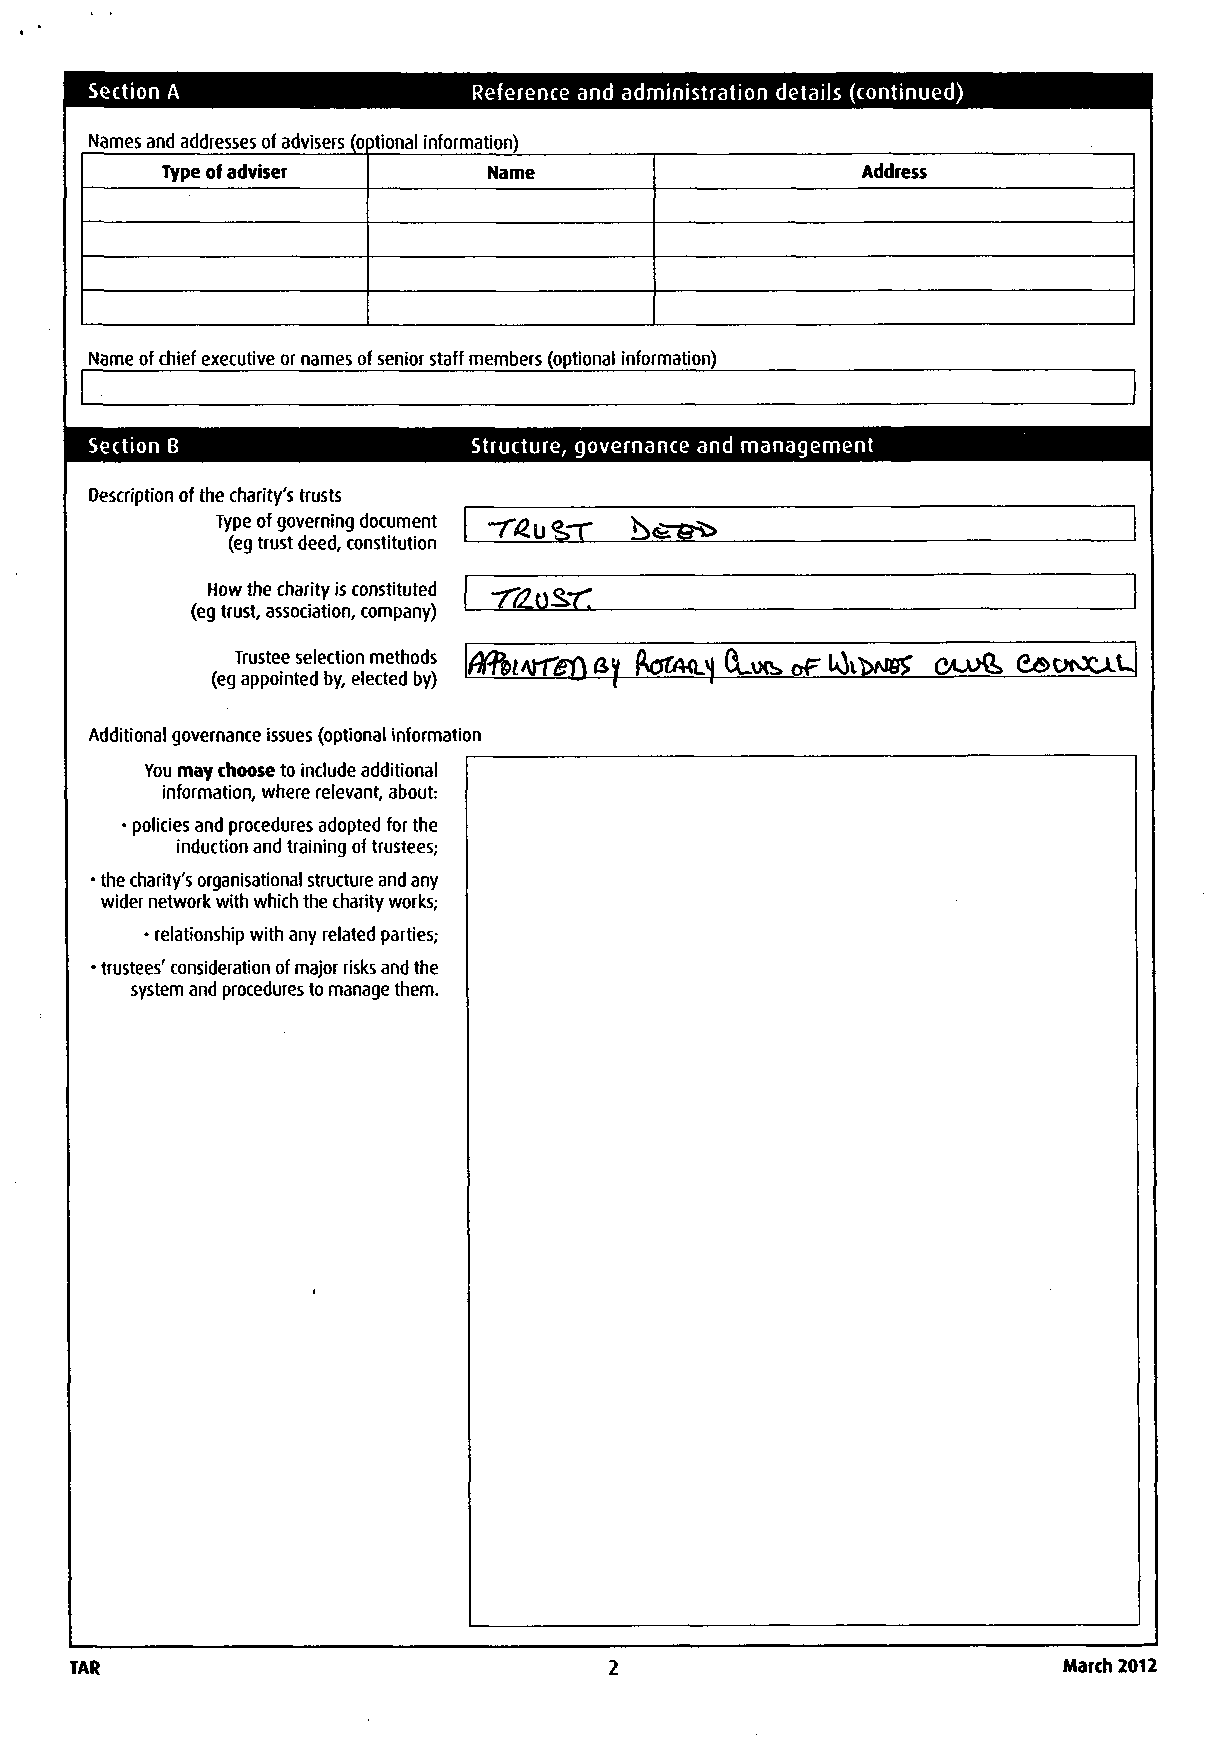
Section A                Reference and administration details (continued)
 Names and addresses of advisers (optional information)
 Type of adviser      Name                     Address
 Name of chief executive or names of senior staff members (optional information)
 Section B                Structure, governance and management
 Description of the charity's trusts
 Type of governing document
 (eg trust deed, constitution
 How the charity is constituted
 (eg trust, association, company)
 Trustee selection methods
 0r%lfirt&(\ &y ftflftML*} Ct-VXb crF IAMBS' eSCxOCJLU
 (eg appointed by, elected by)
 Additional governance issues (optional information
 You may choose to include additional
 information, where relevant, about:
 • policies and procedures adopted for the
 induction and training of trustees;
 • the charity's organisational structure and any
 wider network with which the charity works;
 • relationship with any related parties;
 • trustees' consideration of major risks and the
 system and procedures to manage them.
 TAR                                                              March 2012